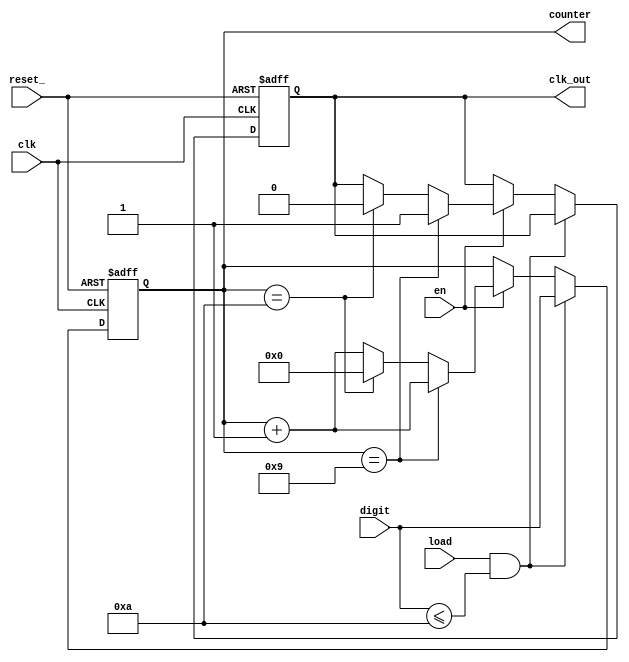
module numMod
#( //------------parameter definition-------------
	parameter modulo_param = 10 // both values are in Hz  
)
(clk,reset_,en,load,digit,clk_out,counter);
//------------parameter deffinition-------------
parameter modulo = modulo_param;	
parameter counter_width = (modulo > $clog2(modulo)) ? ($clog2(modulo)+1) : $clog2(modulo); 

//------------input signals-------------
input clk;
input en;		// active high
input reset_;	// active low
input load;
input [counter_width-1:0] digit;
//------------ouput signals-------------


output clk_out;
output [counter_width-1:0] counter;

//-------------local values definition-------------


reg[counter_width-1:0] counter_ff, counter_next; 
reg			   		   out_ff    , out_next;

//------------continue assignement-----------------
assign clk_out = out_ff;	
assign counter = counter_ff;							
						    

//---------------combinational logic----------

always @*	// ----- !!!! ----- will enter this process whenever a signal from the one used below changes his state
	begin		
		counter_next = counter_ff;
		out_next = out_ff;
		
		if(load && (digit <= modulo))
			begin
				counter_next=digit;   // inseamna ca incarcarea este sincrona. Oricand vine load-ul respectiv update-ul counter-ului la iesire va fi luat pe primul semnal de tact
				
			end
		else 
			begin
				if(en)  // daca en e 1
					begin 
						counter_next = counter_ff+1'b1;
						if(counter_ff == (modulo-1)) // am pus asta sa am nextu activ la 8, astfel incat ff-u, out_ff, care vine pe clk, sa fie activ la 9.		 
							begin
								out_next=1'b1; // Eu inainte am pus aici FF, pentru ca aveam nevoie de o intarziere, mie mi se facea 8,9,0,21, sarea peste 20., asa ca, am pus SUS
								
							end
						else if(counter_ff == modulo)	// daca e egal cu modula, sa se puna pe 0 si out_next sa fie 0.	
							begin
								counter_next = {counter_width{1'b0}};
								out_next=1'b0;
							end
					end
			end
	end

//-------------clock process------------
// aici doar atribuim urmatoarea stare!
// nu fac LOGICA!!!

// clock process este declansat/actionat doar de posedge clk SAU negedge reset_
always @(posedge clk or negedge reset_)   // intotdeauna la frontul crescator de tact sau negativ de reset
	begin
		if(!reset_)   // daca reset e 0, if active reset the counter and the output are set to default values
			begin
				counter_ff <= {counter_width{1'b0}};  // atribuim counter_ff(starea actuala) 0
				out_ff 	   <= 1'b0;			
			end
		else  // daca reset_ e 1
			begin
				counter_ff <= counter_next;          // update the counter state
				out_ff     <= out_next    ;     	  // clk = clk negat
			end
			
	end
	
endmodule